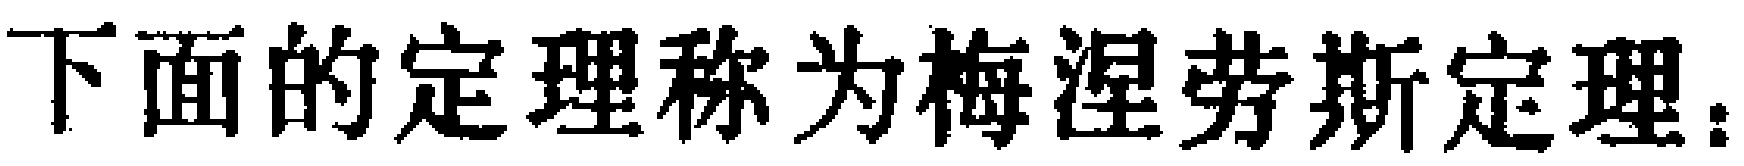
下面的定理称为梅涅劳斯定理：